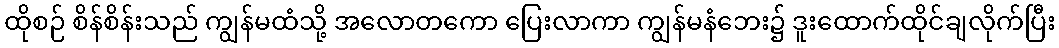
ထိုစဉ် စိန်စိန်းသည် ကျွန်မထံသို့ အလောတကော ပြေးလာကာ ကျွန်မနံဘေး၌ ဒူးထောက်ထိုင်ချလိုက်ပြီး